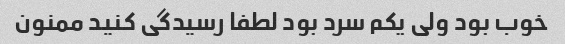
خوب بود ولی یکم سرد بود لطفا رسیدگی کنید ممنون